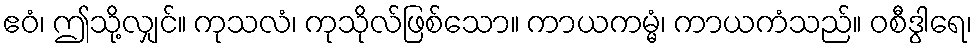
ဧဝံ၊ ဤသို့လျှင်။ ကုသလံ၊ ကုသိုလ်ဖြစ်သော။ ကာယကမ္မံ၊ ကာယကံသည်။ ဝစီဒွါရေ၊